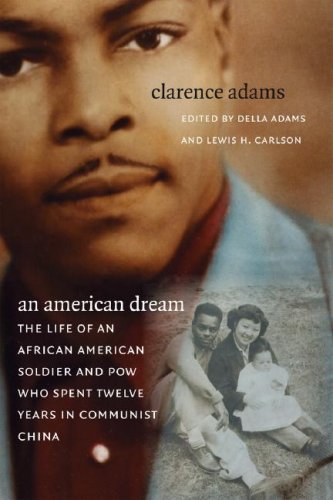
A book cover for An American Dream: The Life of an African American Soldier and POW Who Spent Twelve Years in Communist China; Clarence Adams; Biographies & Memoirs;